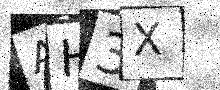
Text: AH3X